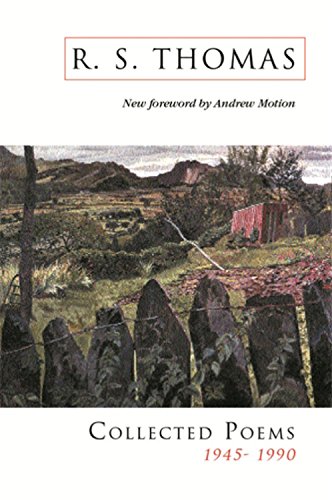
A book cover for Collected Poems : R S Thomas; R. S. Thomas; Politics & Social Sciences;